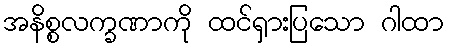
အနိစ္စလက္ခဏာကို ထင်ရှားပြသော ဂါထာ